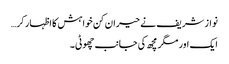
نواز شریف نے حیران کن خواہش کا اظہار کر…
ایک اور مگر مچھ کی جانب چھوٹی۔